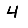
Digit: 4